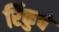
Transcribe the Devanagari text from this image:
रिंकुचे